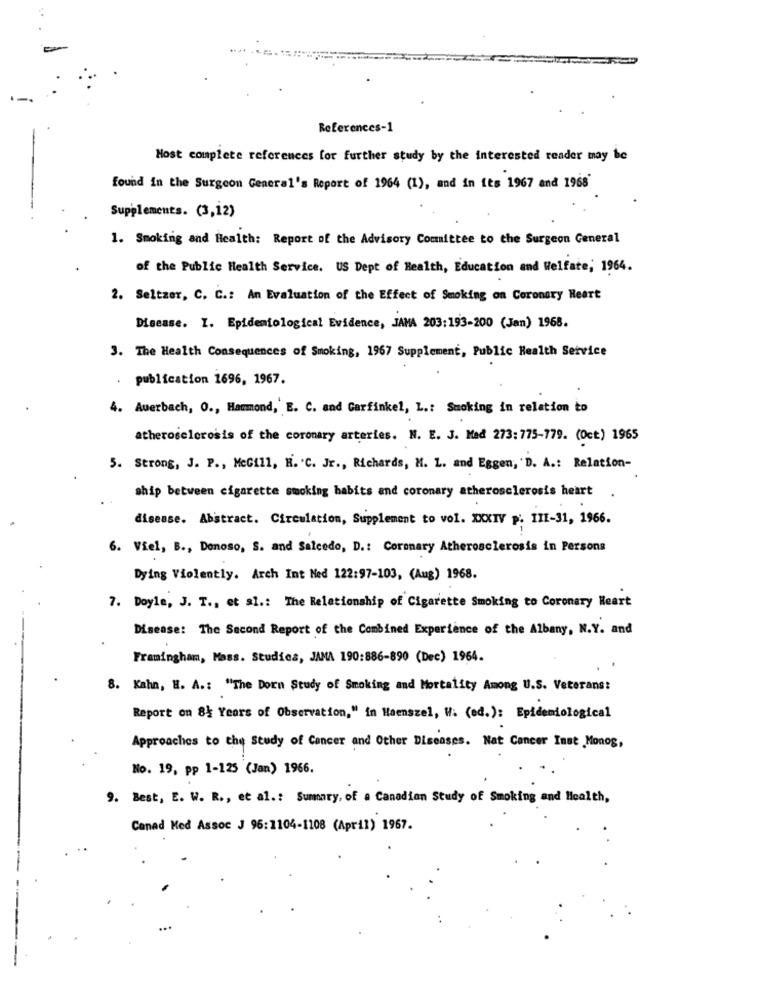
References-1
Host complete references for further study by the interested reader may be
found In the Surgeon General's Report of 1964 (1), and in its 1967 and 1968'
Supplements. (3,12)
1. Smoking and Health: Report of the Advisory Committee to the Surgeon General
of the Public Health Service. US Dept of Health, Education and Welfare; 1964.
2. Seltzer, C. C .: An Evaluation of the Effect of Smoking on Coronary Heart
Disease. I. Epidemiological Evidence, JAMA 203:193-200 (Jan) 1968.
3. The Health Consequences of Smoking, 1967 Supplement, Public Health Service
publication 1696, 1967.
4. Auerbach, O ., Hammond, E. C. and Garfinkel, L .: Smoking in relation to
atherosclerosis of the coronary arteries. N. E. J. Mad 273: 775-779. (Oct) 1965
5. Strong, J. P ., MeGill, H. C. Jr ., Richards, H. L. and Eggen, 'D. A .: Relation-
ship between cigarette smoking habits and coronary atherosclerosis heart
disease. Abstract. Circulation, Supplement to vol. XXXIV p. III-31, 1966.
6. Viel, B ., Donoso, S. and Salcedo, D .: Coronary Atherosclerosis in Persons
Dying Violently. Arch Int Med 122:97-103, (Aug) 1968.
7. Doyle, J. T ., et al .: The Relationship of Cigarette Smoking to Coronary Heart
Disease: The Second Report of the Combined Experience of the Albany, N.Y. and
Framingham, Mass. Studies, JAMA 190:886-890 (Dec) 1964.
8. Kahn, H. A .: "The Dorn Study of Smoking and Mortality Among U.S. Veterans:
Report on 8 Years of Observation," in Haenszel, W. (ed.): Epidemiological
Approaches to the Study of Cancer and Other Diseases. Nat Cancer Inst Monog,
No. 19, pp 1-125 (Jan) 1966.
9. Best, E. W. R ., et al .: Summary, of a Canadian Study of Smoking and Health,
Canad Med Assoc J 96:1104-1108 (April) 1967.